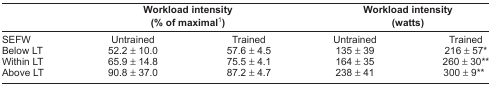
<table><thead><tr><td></td><td colspan="2"><b>Workload intensity (% of maximal1)</b></td><td colspan="2"><b>Workload intensity (watts)</b></td></tr></thead><tbody><tr><td>SEFW</td><td>Untrained</td><td>Trained</td><td>Untrained</td><td>Trained</td></tr><tr><td>Below LT</td><td>52.2 ± 10.0</td><td>57.6 ± 4.5</td><td>135 ± 39</td><td>216 ± 57*</td></tr><tr><td>Within LT</td><td>65.9 ± 14.8</td><td>75.5 ± 4.1</td><td>164 ± 35</td><td>260 ± 30**</td></tr><tr><td>Above LT</td><td>90.8 ± 37.0</td><td>87.2 ± 4.7</td><td>238 ± 41</td><td>300 ± 9**</td></tr></tbody></table>